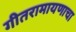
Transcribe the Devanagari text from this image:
गीतरामायणाचा